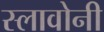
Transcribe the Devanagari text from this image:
स्लावोनी